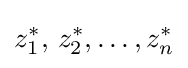
z_{1}^{*},\,z_{2}^{*},\dots ,z_{n}^{*}